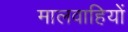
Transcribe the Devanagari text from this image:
मालवाहियों